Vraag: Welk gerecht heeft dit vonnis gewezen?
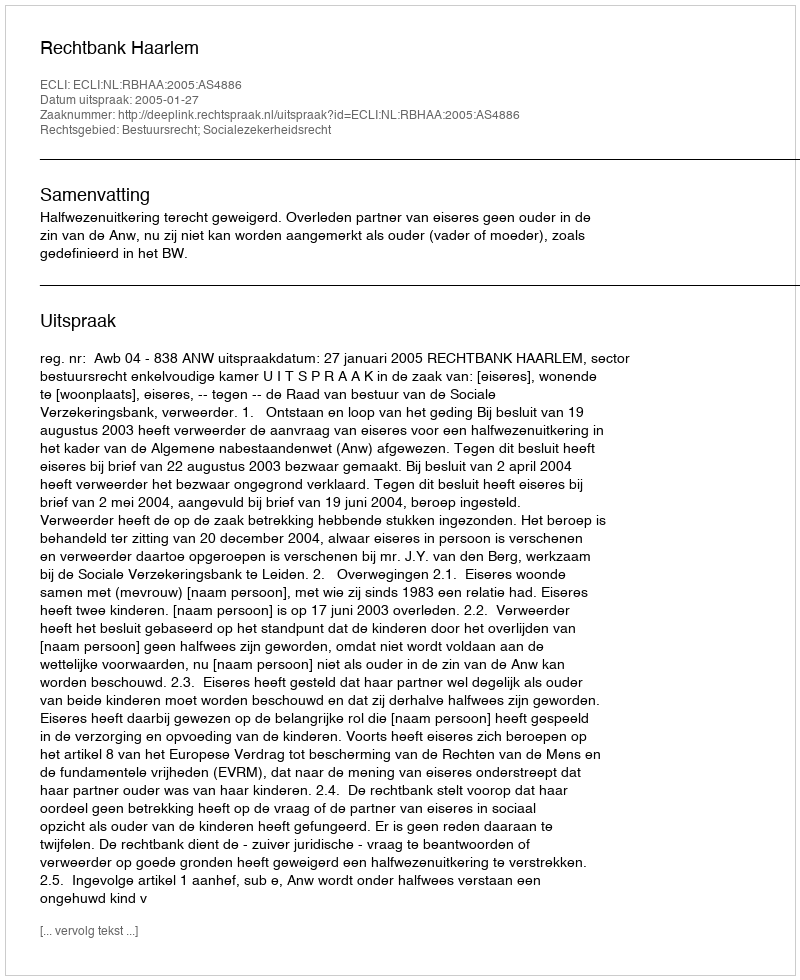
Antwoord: Rechtbank Haarlem